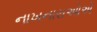
નાખનારાઓએ